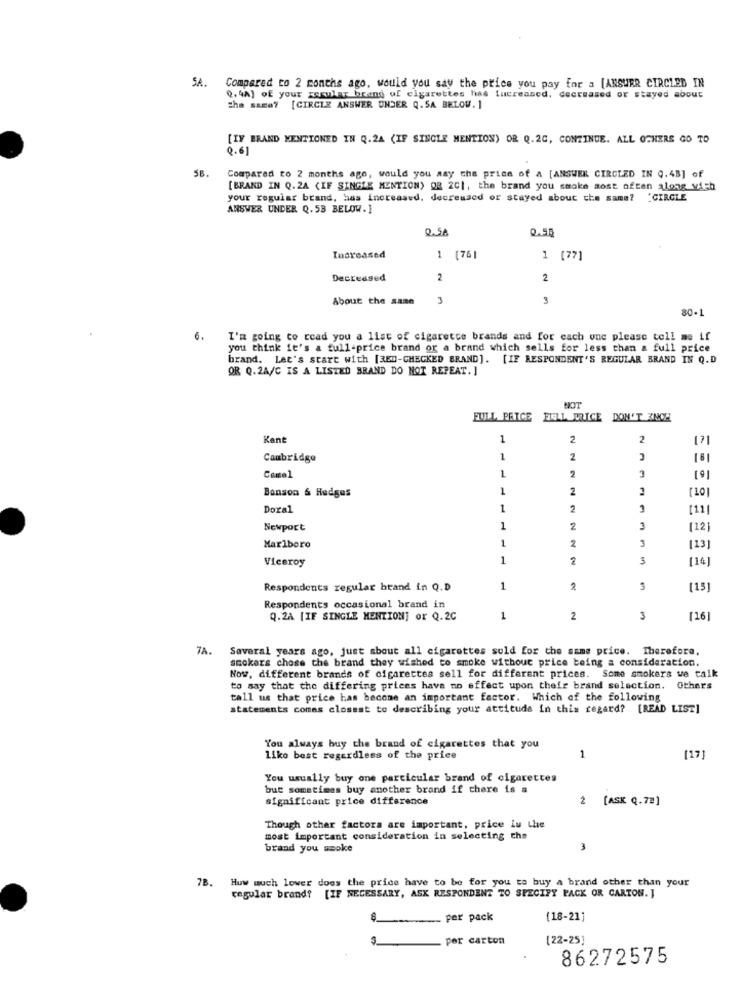
SA.
Compared to 2 months ago, would you say the price you pay for a [ANSURR CIRCLED IN
0.4A] of your regular brand of cigarettes has Increased. decreased or stayed about
the same? [CIRCLE ANSWER UNDER Q. SA BELOW. ]
[IF BRAND MENTIONED IN Q.24 (IF SINGLE MENTION) OR Q.2C, CONTINUE. ALL OTHERS GO TO
Q.6
5B.
Compared to 2 months ago, would you say the price of a [ANSWER CIRCLED IN Q.48] of
[BRAND IN Q.2A (IF SINGLE MENTION) OR 201, the brand you smoke most often along with
your regular brand, has increased, decreused or stayed about che same? "GIRGLE
ANSWER UNDER Q. 58 BELOW.]
Q.SA
0.58
Increased
1 [76|
1 [77]
Decreased
2
2
About the same
3
3
80-1
6.
I'm going to read you a list of cigaretce brands and for each one please tell me if
you think it's a tull-price brand or a brand which sells for less than a full price
brand. Let's start with [350-CHECKED BRAND]. [IF RESPONDENT'S REGULAR BRAND IN Q.D
OR Q.2A/C IS A LISTED BRAND DO NOT REPEAT. ]
NOT
FULL PRICE
FULL PRICE DON'T KNOW
Kant
1
2
171
Cambridge
1
2
Camel
1
2
3
1
2
Benson & Hedges
Doral
1
2
[11]
Newport
1
2
3
[12]
1
2
3
Marlboro
[13]
Viceroy
1
2
3
Respondents regular brand in Q.D
1
2
3
115
Respondents occasional brand in
Q.2A [IF SINGLE MENTION] or Q.2C
1
2
3
[16]
7A.
Several years ago, just about all cigarettes sold for the same price. Therefore,
smokers chose the brand they wished to smoke withour price being a consideration.
Now, different brands of cigarettes sell for different prices. Some smokers we talk
to say that the differing prices have no effect upon their brand selection. Others
tall us that price has become an important factor. Which of the following
statements comes closest to describing your attitude in this regard? [READ LIST]
You always buy the brand of cigarettes that you
1
like best regardless of the price
[17]
You usually buy one particular brand of cigarettes
but sometimes buy another brand if there is a
significant price difference
2 [ASK Q.72]
Though other factors are important, price is the
most important consideration in selecting the
brand you awoke
3
7B. How much lower does the price have to be for you to buy a brand other than your
regular brand? [IF NECESSARY, ASK RESPONDENT TO SPECIFY PACK OR CARTON. ]
per pack
(18-21]
por carton
[22-25]
86272575